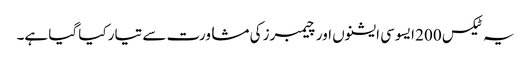
یہ ٹیکس 200 ایسوسی ایشنوں اور چیمبرز کی مشاورت سے تیار کیا گیا ہے۔